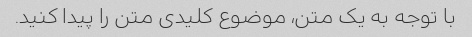
با توجه به یک متن، موضوع کلیدی متن را پیدا کنید.